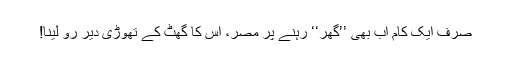
صرف ایک کام اب بھی ’’گھر‘‘ رہنے پر مُصِر، اِس کا گھُٹ کے تھوڑی دیر رو لینا!